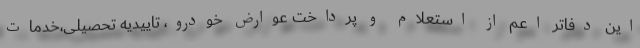
این دفاتر اعم از استعلام و پرداخت عوارض خودرو، تاییدیه تحصیلی،خدمات